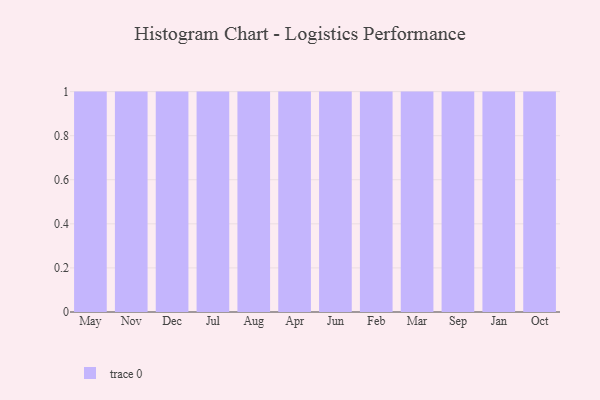
{"axis": {"x": "Month", "y": "Backlog"}, "legend": [""], "data": [{"x": "May", "y": 57, "type": ""}, {"x": "Nov", "y": 87, "type": ""}, {"x": "Dec", "y": 85, "type": ""}, {"x": "Jul", "y": 88, "type": ""}, {"x": "Aug", "y": 45, "type": ""}, {"x": "Apr", "y": 63, "type": ""}, {"x": "Jun", "y": 21, "type": ""}, {"x": "Feb", "y": 40, "type": ""}, {"x": "Mar", "y": 43, "type": ""}, {"x": "Sep", "y": 64, "type": ""}, {"x": "Jan", "y": 8, "type": ""}, {"x": "Oct", "y": 24, "type": ""}]}